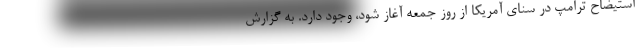
استیضاح ترامپ در سنای آمریکا از روز جمعه آغاز شود، وجود دارد. به گزارش